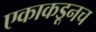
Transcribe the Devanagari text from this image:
एकाकडूनच